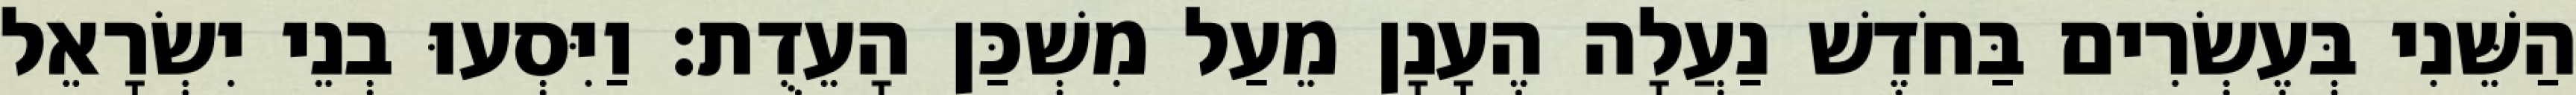
הַשֵּׁנִי בְּעֶשְׂרִים בַּחֹדֶשׁ נַעֲלָה הֶעָנָן מֵעַל מִשְׁכַּן הָעֵדֻת׃ וַיִּסְעוּ בְנֵי יִשְׂרָאֵל